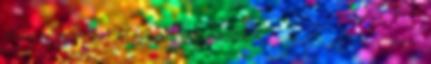
hogy fokozzák azok édes ízét. A kardamomtea nagy népszerűségnek